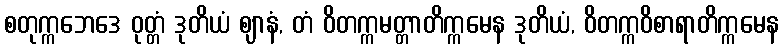
စတုက္ကဘေဒေ ဝုတ္တံ ဒုတိယံ ဈာနံ, တံ ဝိတက္ကမတ္တာတိက္ကမေန ဒုတိယံ, ဝိတက္ကဝိစာရာတိက္ကမေန